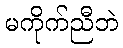
မကိုက်ညီဘဲ